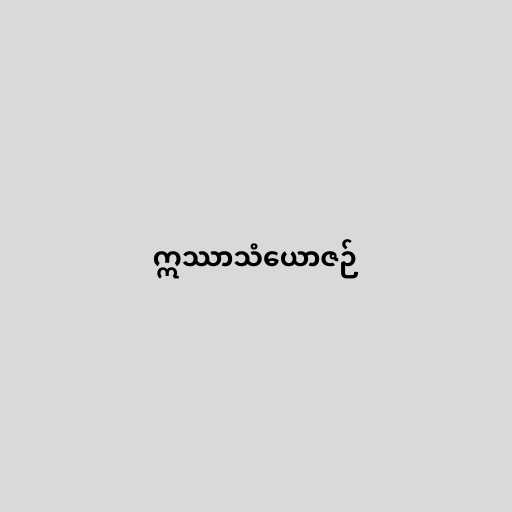
ဣဿာသံယောဇဉ်